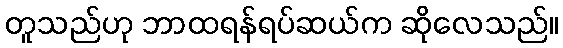
တူသည်ဟု ဘာထရန်ရပ်ဆယ်က ဆိုလေသည်။